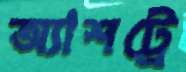
অ্যাশট্রে